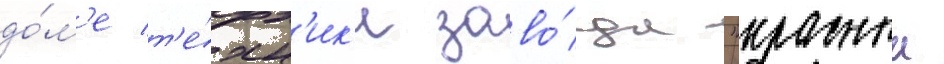
до́м'е т'е́хн'ик'и заво́да "красныи